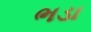
ભડા